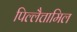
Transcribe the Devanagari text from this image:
पिल्लैत्तामिल